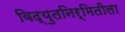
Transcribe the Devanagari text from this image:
विद्युतनिर्मितीला